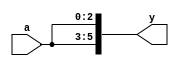
/* Generated by Yosys 0.7 (git sha1 61f6811, gcc 6.2.0-11ubuntu1 -O2 -fdebug-prefix-map=/build/yosys-OIL3SR/yosys-0.7=. -fstack-protector-strong -fPIC -Os) */

module mult_9(a, y);
  input [2:0] a;
  output [5:0] y;
  assign y = { a, a };
endmodule